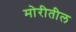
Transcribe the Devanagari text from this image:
मोरीतील